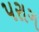
પરાગ